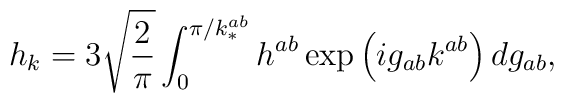
h_k=3\sqrt{\frac{2}{\pi}} \int_0^{\pi/k_*^{ab}}h^{ab}\exp\left(ig_{ab}k^{ab}\right)dg_{ab} ,